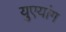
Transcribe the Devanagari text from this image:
युएयांग